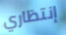
إنتظاري